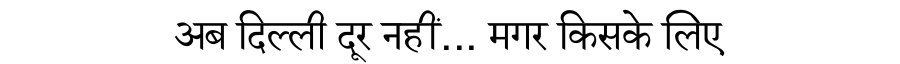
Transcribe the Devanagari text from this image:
अब दिल्ली दूर नहीं... मगर किसके लिए